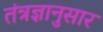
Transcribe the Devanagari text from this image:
तंत्रज्ञानुसार